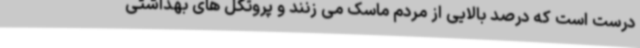
درست است که درصد بالایی از مردم ماسک می زنند و پروتکل های بهداشتی